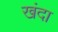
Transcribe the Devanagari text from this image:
खंदा